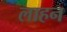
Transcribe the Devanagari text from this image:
लाहन